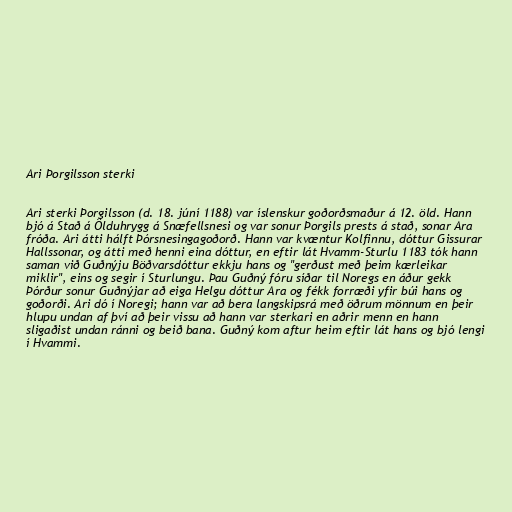
Ari Þorgilsson sterki

Ari sterki Þorgilsson (d. 18. júní 1188) var íslenskur goðorðsmaður á 12. öld. Hann
bjó á Stað á Ölduhrygg á Snæfellsnesi og var sonur Þorgils prests á stað, sonar Ara
fróða. Ari átti hálft Þórsnesingagoðorð. Hann var kvæntur Kolfinnu, dóttur Gissurar
Hallssonar, og átti með henni eina dóttur, en eftir lát Hvamm-Sturlu 1183 tók hann
saman við Guðnýju Böðvarsdóttur ekkju hans og "gerðust með þeim kærleikar
miklir", eins og segir í Sturlungu. Þau Guðný fóru síðar til Noregs en áður gekk
Þórður sonur Guðnýjar að eiga Helgu dóttur Ara og fékk forræði yfir búi hans og
goðorði. Ari dó í Noregi; hann var að bera langskipsrá með öðrum mönnum en þeir
hlupu undan af því að þeir vissu að hann var sterkari en aðrir menn en hann
sligaðist undan ránni og beið bana. Guðný kom aftur heim eftir lát hans og bjó lengi
í Hvammi.